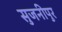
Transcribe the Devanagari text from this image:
सुजनीपुर